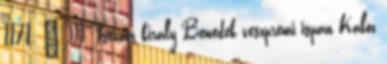
1171. – III. István király Benedek veszprémi ispán Kalóz